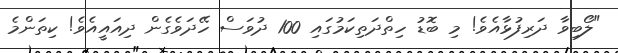
"ލޯބިވާ ދަރިފުޅާއެވެ! މި ބޮޑު ހިތްދަތިކަމުގައި 100 ދުވަސް ހޭދަވެގެން ދިއައީއެވެ! ކިތަންމެ